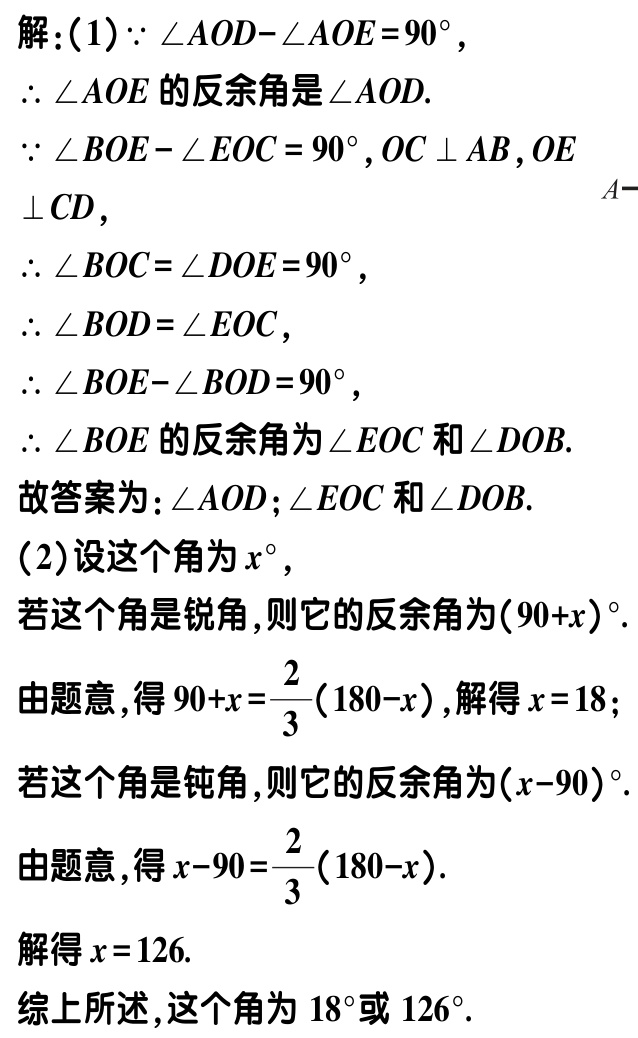
解：(1)$\because \angle AOD - \angle AOE = 90^{\circ}$，

$\therefore \angle AOE$的反余角是$\angle AOD$.

$\because \angle BOE - \angle EOC = 90^{\circ}, OC\perp AB, OE\perp CD$，

$\therefore \angle BOC = \angle DOE = 90^{\circ}$，

$\therefore \angle BOD = \angle EOC$，

$\therefore \angle BOE - \angle BOD = 90^{\circ}$，

$\therefore \angle BOE$的反余角为$\angle EOC$和$\angle DOB$.

故答案为：$\angle AOD$；$\angle EOC$和$\angle DOB$.

(2)设这个角为$x^{\circ}$，

若这个角是锐角，则它的反余角为$(90 + x)^{\circ}$.

由题意，得$90 + x = \dfrac{2}{3}(180 - x)$，解得$x = 18$；

若这个角是钝角，则它的反余角为$(x - 90)^{\circ}$.

由题意，得$x - 90 = \dfrac{2}{3}(180 - x)$.

解得$x = 126$.

综上所述，这个角为$18^{\circ}$或$126^{\circ}$.